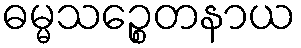
ဓမ္မသဉ္စေတနာယ